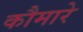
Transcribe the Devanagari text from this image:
कौमारे